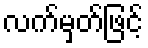
လက်မှတ်ဖြင့်